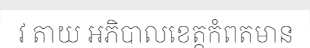
វ តាយ អភិបាលខេត្តកំពតមាន